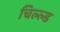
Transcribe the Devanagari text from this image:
चिल्ल्ड